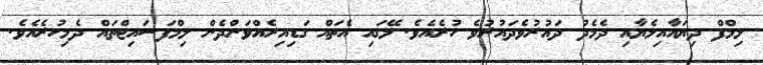
ލިމްފް ދިޔައާއިލެޔާއި ދެމެދު ދައުރުވެދައުރުވެ ހުރެއެވެ. ލޭގައި އެތައް ގަޑިއިރެއްވަންދެން ލިމްފަސައިޓްތައް ދެމިހުރެއެވެ.